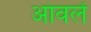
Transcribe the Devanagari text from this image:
आंवलें